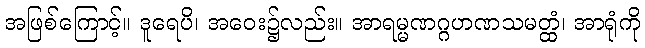
အဖြစ်ကြောင့်။ ဒူရေပိ၊ အဝေး၌လည်း။ အာရမ္မဏဂ္ဂဟဏသမတ္ထံ၊ အာရုံကို